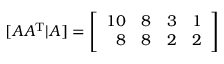
[ A A ^ { \mathrm { T } } | A ] = \left[ { \begin{array} { r r r r } { 1 0 } & { 8 } & { 3 } & { 1 } \\ { 8 } & { 8 } & { 2 } & { 2 } \end{array} } \right]